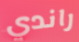
راندي